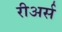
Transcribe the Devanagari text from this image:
रीअर्स